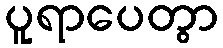
ပူရာပေတွာ